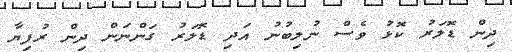
ދިން ޑޮލަރު ކޮޅު ވެސް ނުލިބުނު އަދި ޑޮލަރު ގަންނަން ދިން ރުފިޔާ